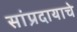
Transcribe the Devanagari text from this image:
सांप्रदायाचे